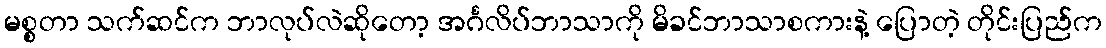
မစ္စတာ သက်ဆင်က ဘာလုပ်လဲဆိုတော့ အင်္ဂလိပ်ဘာသာကို မိခင်ဘာသာစကားနဲ့ ပြောတဲ့ တိုင်းပြည်က